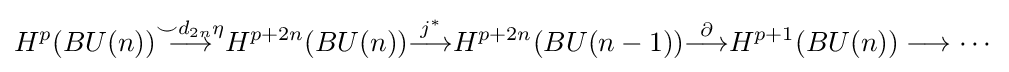
H^{p}(BU(n)){\overset {\smile d_{2n}\eta }{\longrightarrow }}H^{p+2n}(BU(n)){\overset {j^{*}}{\longrightarrow }}H^{p+2n}(BU(n-1)){\overset {\partial }{\longrightarrow }}H^{p+1}(BU(n))\longrightarrow \cdots